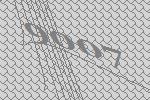
9007